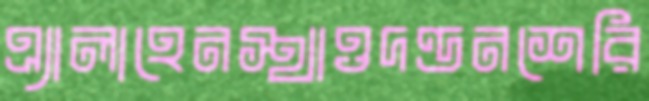
এ্যালাহেনস্থাওদণ্ডনশেরি